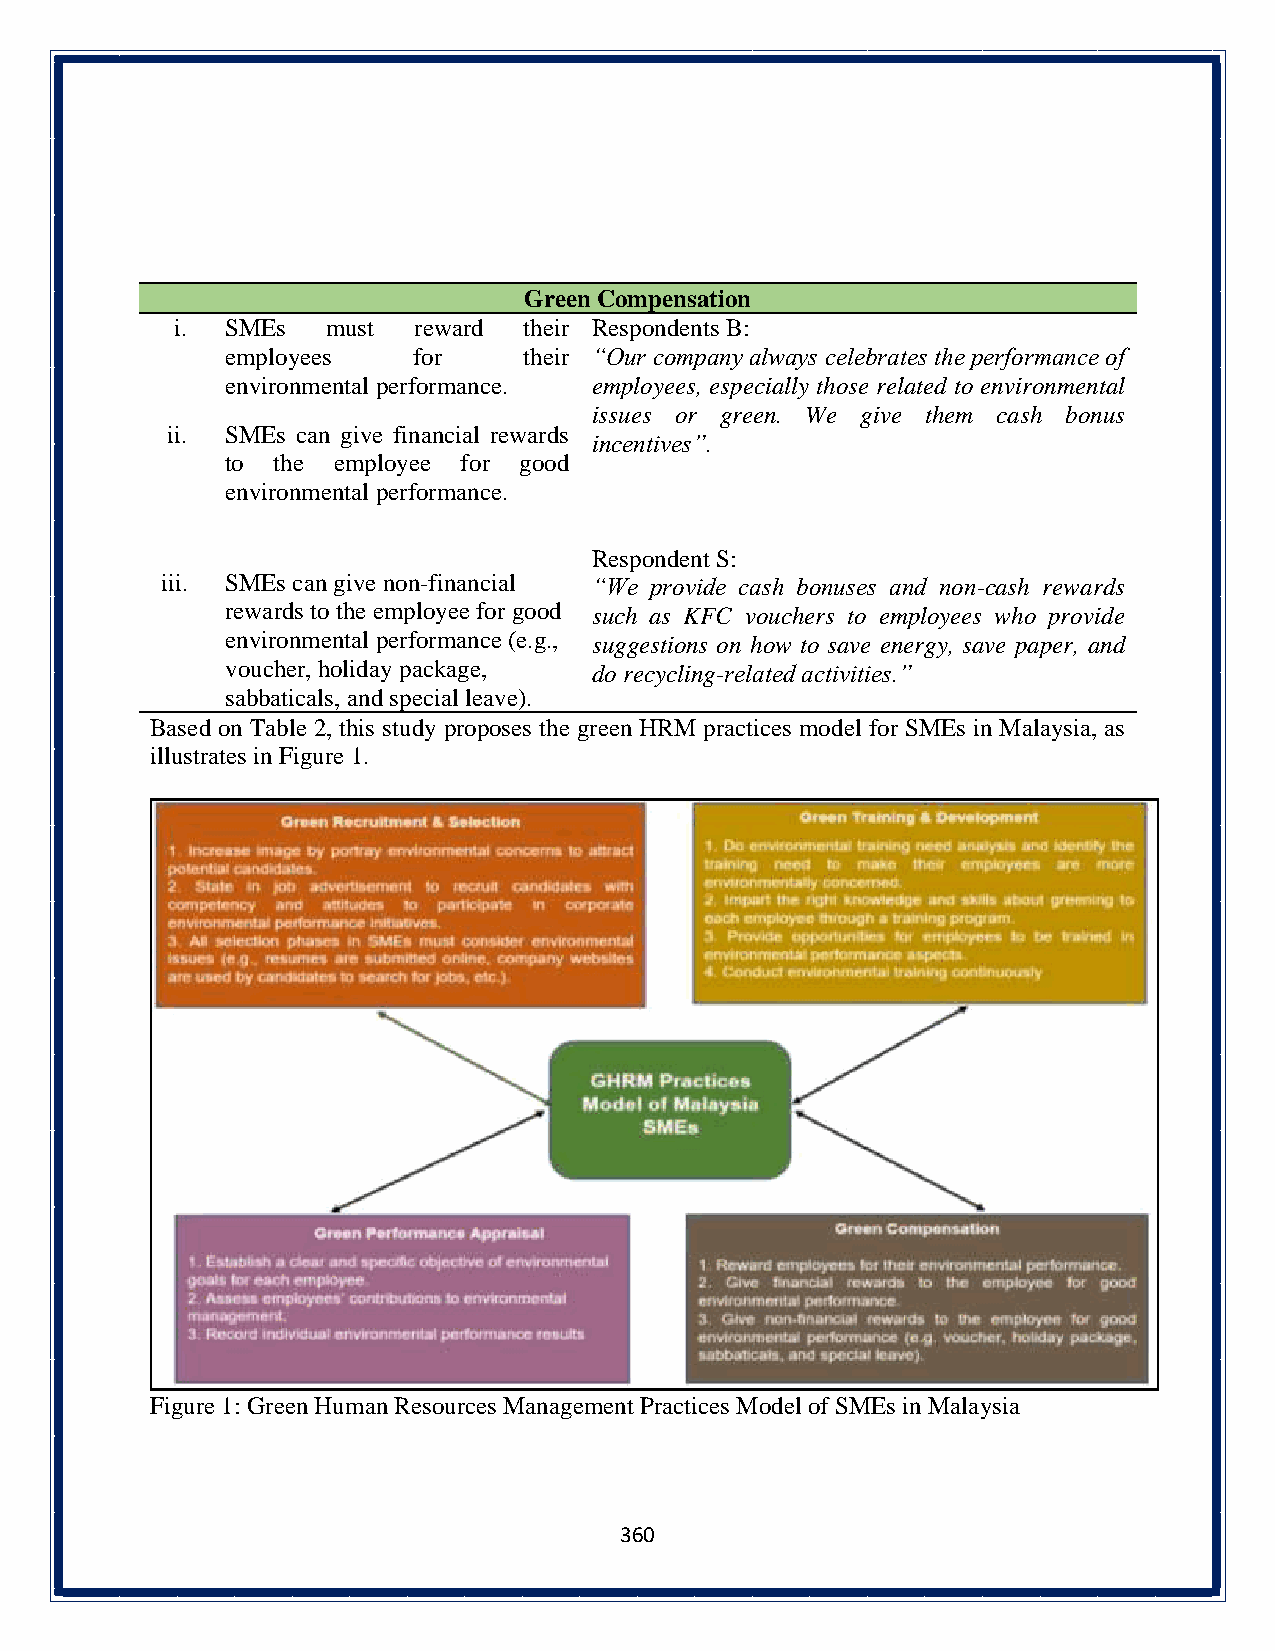
Green Compensation
 i. SMEs   must reward  their Respondents B:
 employees   for     their “Our company always celebrates the performance of
 environmental performance. employees, especially those related to environmental
 issues or green. We give them cash bonus
 ii. SMEs can give financial rewards
 incentives”.
 to the employee for good
 environmental performance.
 Respondent S:
 iii. SMEs can give non-financial “We provide cash bonuses and non-cash rewards
 rewards to the employee for good such as KFC vouchers to employees who provide
 environmental performance (e.g., suggestions on how to save energy, save paper, and
 voucher, holiday package, do recycling-related activities.”
 sabbaticals, and special leave).
 Based on Table 2, this study proposes the green HRM practices model for SMEs in Malaysia, as
 illustrates in Figure 1.
 Figure 1: Green Human Resources Management Practices Model of SMEs in Malaysia
 360